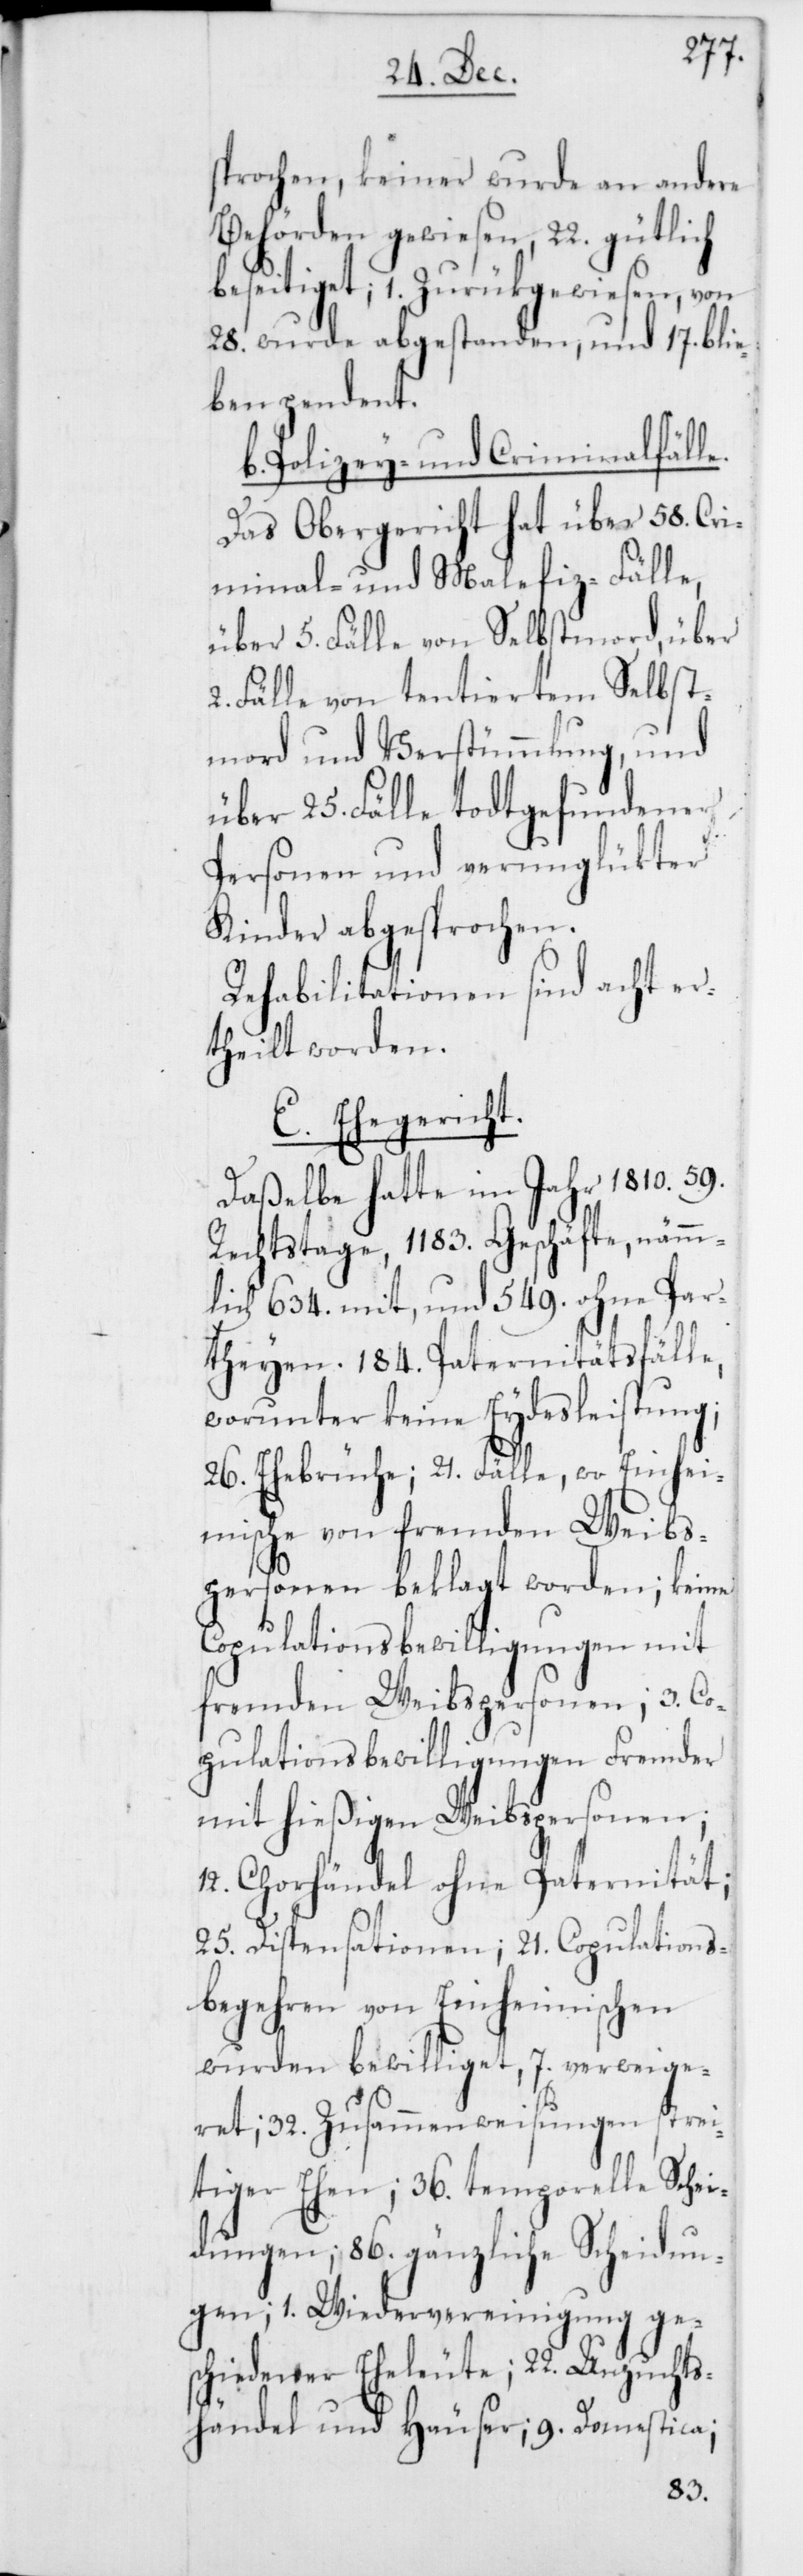
sprochen, keiner wurde an andere
Behörden gewiesen, 22. gütlich
beseitiget, 1. zurükgewiesen, von
28. wurde abgestanden, und 17. bli¬
eben pendent.
b. Polizey- und Criminalfälle.
Das Obergericht hat über 58. Cri¬
minal- und Malefiz-Fälle,
über 5. Fälle von Selbstmord, über
Fälle von tentiertem Selbst¬
mord und Verstümmlung, und
über 25. Fälle todtgefundener
Personen und verunglükter
Kinder abgesprochen.
Rehabilitationen sind acht er¬
theilt worden.
E. Ehegericht.
Daßelbe hatte im Jahr 1810. 59.
Rechtstage, 1183. Geschäfte, nämm¬
lich 634. mit und 549. ohne Par¬
theyen. 184. Paternitätsfälle,
worunter keine Eydesleistung;
26. Ehebrüche; 21. Fälle, wo Einhei¬
mische von fremden Weibs¬
personen beklagt worden; keine
Copulationsbewilligungen mit
fremden Weibspersonen; 3. Co¬
pulationsbewilligungen Fremder
Dom¬
mit hießigen Weibsperson¬
12. Chorhändel ohne Paternität;
25. Dispensationen; 21. Copulations¬
begehren von Einheimischen
wurden bewilliget, 7. ver¬
ge¬
ret; 32. Zusammenweisungen strei¬
tiger Ehen; 36. temporelle Schei¬
dungen; 86. gänzliche Scheidun¬
gen; 1. Wiedervereinigung ge¬
schiedener Eheleute; 22. Unzuchts¬
händel und Häuser; 9.
estica;